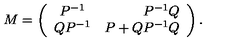
M = \left( \begin{array} { c r c } { P ^ { - 1 } } & { P ^ { - 1 } Q } \\ { Q P ^ { - 1 } } & { P + Q P ^ { - 1 } Q } \\ \end{array} \right) .